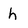
Character: h